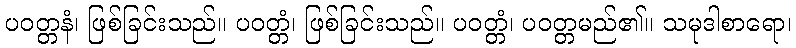
ပဝတ္တနံ၊ ဖြစ်ခြင်းသည်။ ပဝတ္တံ၊ ဖြစ်ခြင်းသည်။ ပဝတ္တံ၊ ပဝတ္တမည်၏။ သမုဒါစာရော၊